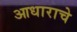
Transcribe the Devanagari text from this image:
आधाराचे